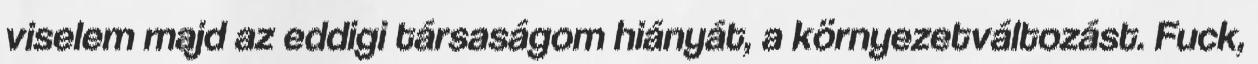
viselem majd az eddigi társaságom hiányát, a környezetváltozást. Fuck,